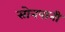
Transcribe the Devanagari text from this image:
सोनपानी